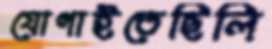
যোগাইতেছিলি